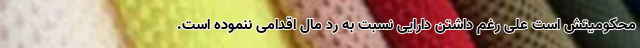
محکومیتش است علی رغم داشتن دارایی نسبت به رد مال اقدامی ننموده است.